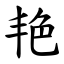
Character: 艳